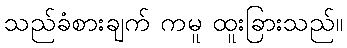
သည်ခံစားချက် ကမူ ထူးခြားသည်။